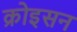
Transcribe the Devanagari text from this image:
क्रोइसन